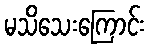
မသိသေးကြောင်း